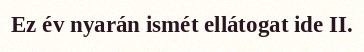
Ez év nyarán ismét ellátogat ide II.